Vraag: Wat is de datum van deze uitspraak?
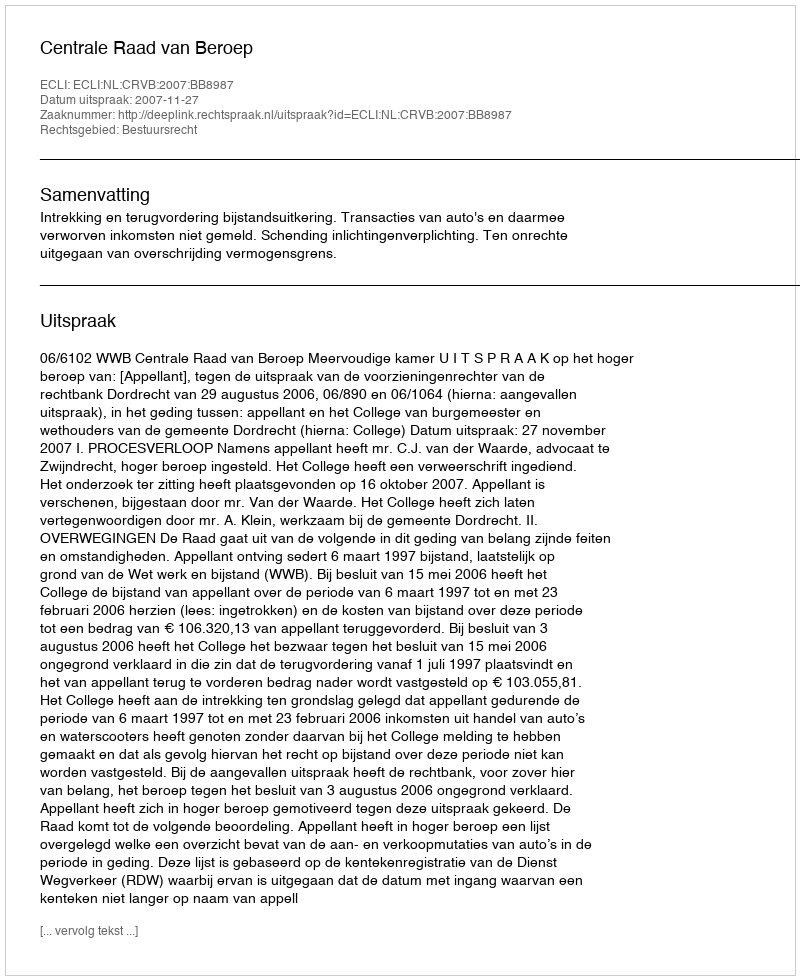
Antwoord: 2007-11-27